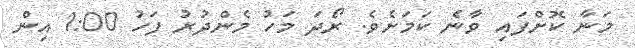
މަނާ ކޮށްފައި ވާނެ ކަމަށެވެ. ރޯދަ މަހު މެންދުރު ފަހު 1:00 އިން